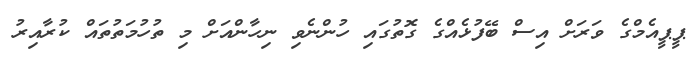
ޕީޕީއެމްގެ ވަރަށް އިސް ބޭފުޅެއްގެ ގޮތުގައި ހުންނެވި ނިހާންއަށް މި ތުހުމަތުތައް ކުރާއިރު